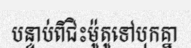
បន្ទាប់ពីជិះម៉ូតូទៅបុកគ្នា